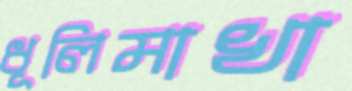
ধূলিমাখা